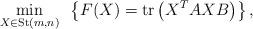
LaTeX: \begin{align*}\min_{X \in {\rm St}(m,n)} \,\,\, \left\{ F(X) = {\rm tr}\left( X^TAXB \right) \right\}, \end{align*}